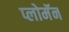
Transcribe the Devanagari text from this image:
प्लोमॅन